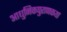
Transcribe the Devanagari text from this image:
आधुनिकपुराणकथा